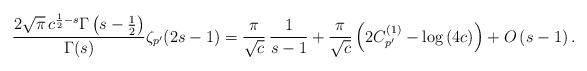
LaTeX: \begin{align*}\frac{2\sqrt{\pi}\,c^{\frac{1}{2}-s}\Gamma\left(s-\frac{1}{2}\right)}{\Gamma(s)}\zeta_{p^{\prime}}(2s-1)=\frac{\pi}{\sqrt{c}}\,\frac{1}{s-1}+\frac{\pi}{\sqrt{c}}\left(2C_{p^{\prime}}^{(1)}-\log\left(4c\right)\right)+O\left(s-1\right).\end{align*}